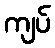
ကျပ်